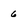
Character: 6